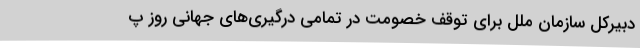
دبیرکل سازمان ملل برای توقف خصومت در تمامی درگیری‌های جهانی روز پ